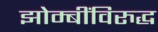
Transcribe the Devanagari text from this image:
झोम्बींविरुद्ध